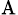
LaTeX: _\mathrm{A}